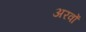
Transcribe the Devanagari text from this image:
अरवों